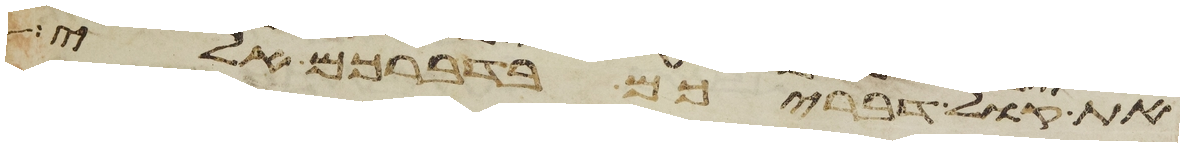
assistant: את קול דבריכם בדברכם אלי